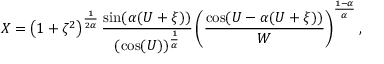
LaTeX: X = \left( 1 + \zeta ^ { 2 } \right) ^ { \frac { 1 } { 2 \alpha } } { \frac { \sin ( \alpha ( U + \xi ) ) } { ( \cos ( U ) ) ^ { \frac { 1 } { \alpha } } } } \left( { \frac { \cos ( U - \alpha ( U + \xi ) ) } { W } } \right) ^ { \frac { 1 - \alpha } { \alpha } } ,